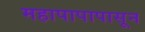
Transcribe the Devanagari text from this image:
महापापापासून